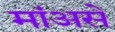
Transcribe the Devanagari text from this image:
मांअसे